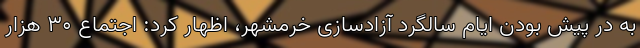
به در پیش بودن ایام سالگرد آزادسازی خرمشهر، اظهار کرد: اجتماع ۳۰ هزار